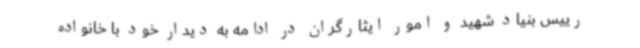
رییس بنیاد شهید و امور ایثارگران در ادامه به دیدار خود با خانواده